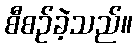
စီစဉ်ခဲ့သည်။